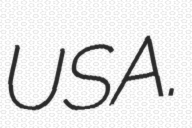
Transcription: USA.